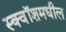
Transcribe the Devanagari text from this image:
स्क्वॉशमधील